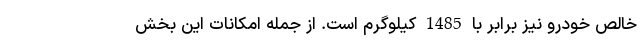
خالص خودرو نیز برابر با 1485 کیلوگرم است. از جمله امکانات این بخش